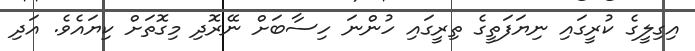
އިގިލީގެ ކުރީގައި ނިޔަފަތީގެ ތިރީގައި ހުންނަ ހިސާބަށް ނޭރޮދި މިގޮތަށް ކިޔައެވެ. އަދި